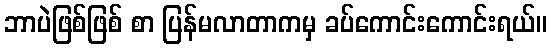
ဘာပဲဖြစ်ဖြစ် စာ ပြန်မလာတာကမှ ခပ်ကောင်းကောင်းရယ်။